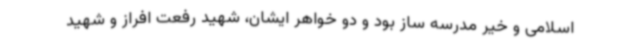
اسلامی و خیر مدرسه ساز بود و دو خواهر ایشان، شهید رفعت افراز و شهید